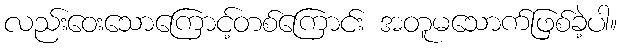
လည်းဝေးသောကြောင့်တစ်ကြောင်း အတူမသောက်ဖြစ်ခဲ့ပါ။